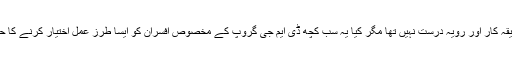
نیب کا طریقہ کار اور رویہ درست نہیں تھا مگر کیا یہ سب کچھ ڈی ایم جی گروپ کے مخصوص افسران کو ایسا طرز عمل اختیار کرنے کا حق دیتا ہے۔